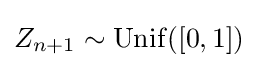
Z_{n+1}\sim \mathrm {Unif} ([0,1])